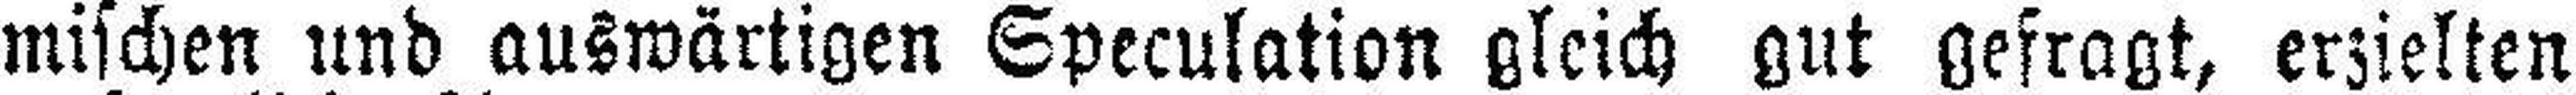
mischen und auswärtigen Speculation gleich gut gefragt, erzielten